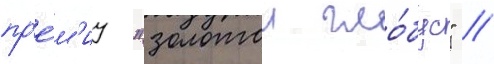
пр'е́м'иу "золотои гло́бус" /